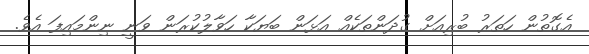
އެގޮތުން ހަތަރު ބުރިއަށް ގުދަންތަކެއް އަޅަން ބަޔަކާ ހަވާލުކުރަން ވަނީ ނިންމައިފަ އެވެ.